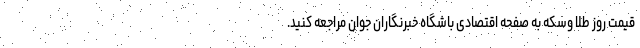
قیمت روز طلا وسکه به صفحه اقتصادی باشگاه خبرنگاران جوان مراجعه کنید.